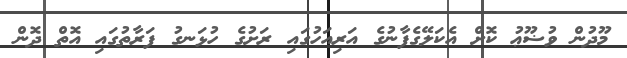
މޫދުން ވުޟޫޢު ކޮށް އެކަލޭގެފާނުގެ އަރިއަހުގައި ރަށުގެ ހުޅަނގު ފަރާތުގައި އޮތް ދޮން